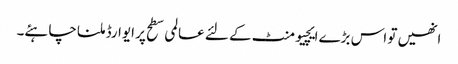
انھیں تو اس بڑے ایچیومنٹ کے لئے عالمی سطح پر ایوارڈ ملنا چاہئے۔